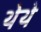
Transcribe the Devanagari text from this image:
थेथे